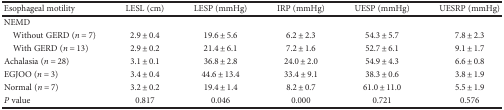
| Esophageal motility | LESL (cm) | LESP (mmHg) | IRP (mmHg) | UESP (mmHg) | UESRP (mmHg) |
 | --- | --- | --- | --- | --- | --- |
 | <COLSPAN=6> NEMD |
 | Without GERD (n = 7) | 2.9 ± 0.4 | 19.6 ± 5.6 | 6.2 ± 2.3 | 54.3 ± 5.7 | 7.8 ± 2.3 |
 | With GERD (n = 13) | 2.9 ± 0.2 | 21.4 ± 6.1 | 7.2 ± 1.6 | 52.7 ± 6.1 | 9.1 ± 1.7 |
 | Achalasia (n = 28) | 3.1 ± 0.1 | 36.8 ± 2.8 | 24.0 ± 2.0 | 54.9 ± 4.3 | 6.6 ± 0.8 |
 | EGJOO (n = 3) | 3.4 ± 0.4 | 44.6 ± 13.4 | 33.4 ± 9.1 | 38.3 ± 0.6 | 3.8 ± 1.9 |
 | Normal (n = 7) | 3.2 ± 0.2 | 19.4 ± 1.4 | 8.2 ± 0.7 | 61.0 ± 11.0 | 5.5 ± 1.9 |
 | P value | 0.817 | 0.046 | 0.000 | 0.721 | 0.576 |